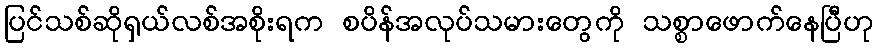
ပြင်သစ်ဆိုရှယ်လစ်အစိုးရက စပိန်အလုပ်သမားတွေကို သစ္စာဖောက်နေပြီဟု